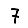
Digit: 7